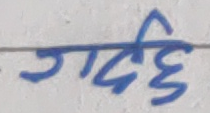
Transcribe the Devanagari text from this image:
गर्दछि